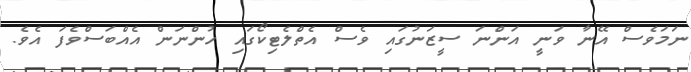
ނަމަވެސް އޭނާ ވަނީ އަންނަ ސީޒަނުގައި ވެސް އެތްލެޓިކޯގައި ހުންނަން އެއްބަސްވެފަ އެވެ.